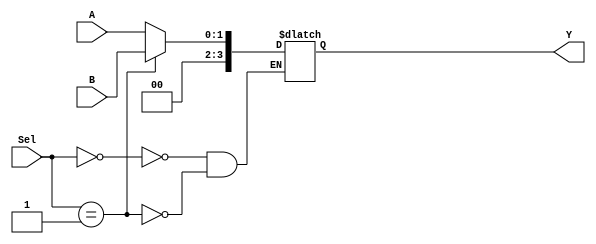
module mux2_2(A, B, Sel, Y);

input [1:0] A;
input [1:0] B;
input [1:0] Sel;
output [3:0] Y;

reg [3:0] Y;

always @ (Sel)
begin
case (Sel)

0: Y = A;
1: Y = B;

endcase
end
endmodule